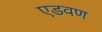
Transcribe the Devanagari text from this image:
एडवण